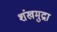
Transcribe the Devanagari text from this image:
शंखमुद्रा